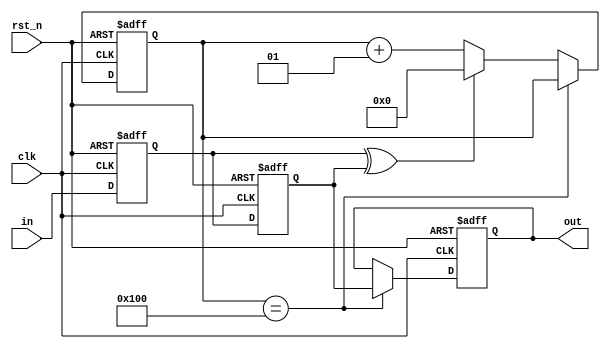
module stavka_b
	(
		input clk,
		input rst_n,
		input in,
		output reg out
	);
	
	reg ff1_reg, ff1_next;
	reg ff2_reg, ff2_next;
	reg output_reg, output_next;
	integer cntr_reg, cntr_next;
	
	always @(negedge rst_n, posedge clk) begin
		if (!rst_n) begin
			ff1_reg <= 1'b0;
			ff2_reg <= 1'b0;
			output_reg <= 1'b0;
			cntr_reg <= 1'b0;
		end else begin
			ff1_reg <= ff1_next;
			ff2_reg <= ff2_next;
			output_reg <= output_next;
			cntr_reg <= cntr_next;
		end
	end
	
	always @(*) begin

		ff1_next <= in;
		ff2_next <= ff1_reg;
		output_next <= output_reg;
		cntr_next <= cntr_reg + 1;
		
		if (ff1_reg ^ ff2_reg == 1'b1)
			cntr_next <= 0;
			
		if (cntr_reg == 256) begin
			cntr_next <= cntr_reg;
			output_next <= ff2_reg;
		end
		
		out <= output_reg;
		
	end

endmodule